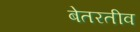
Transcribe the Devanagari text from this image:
बेतरतीव